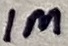
Text: 1M